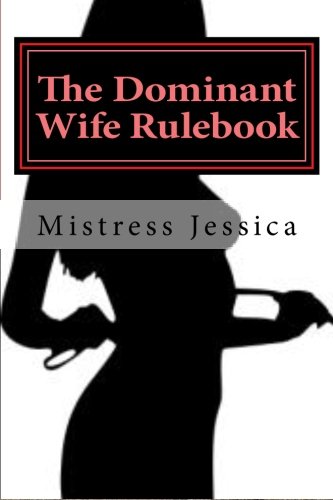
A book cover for The Dominant Wife Rulebook: "guidelines for the submissive husband"; Mistress Jessica; Romance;